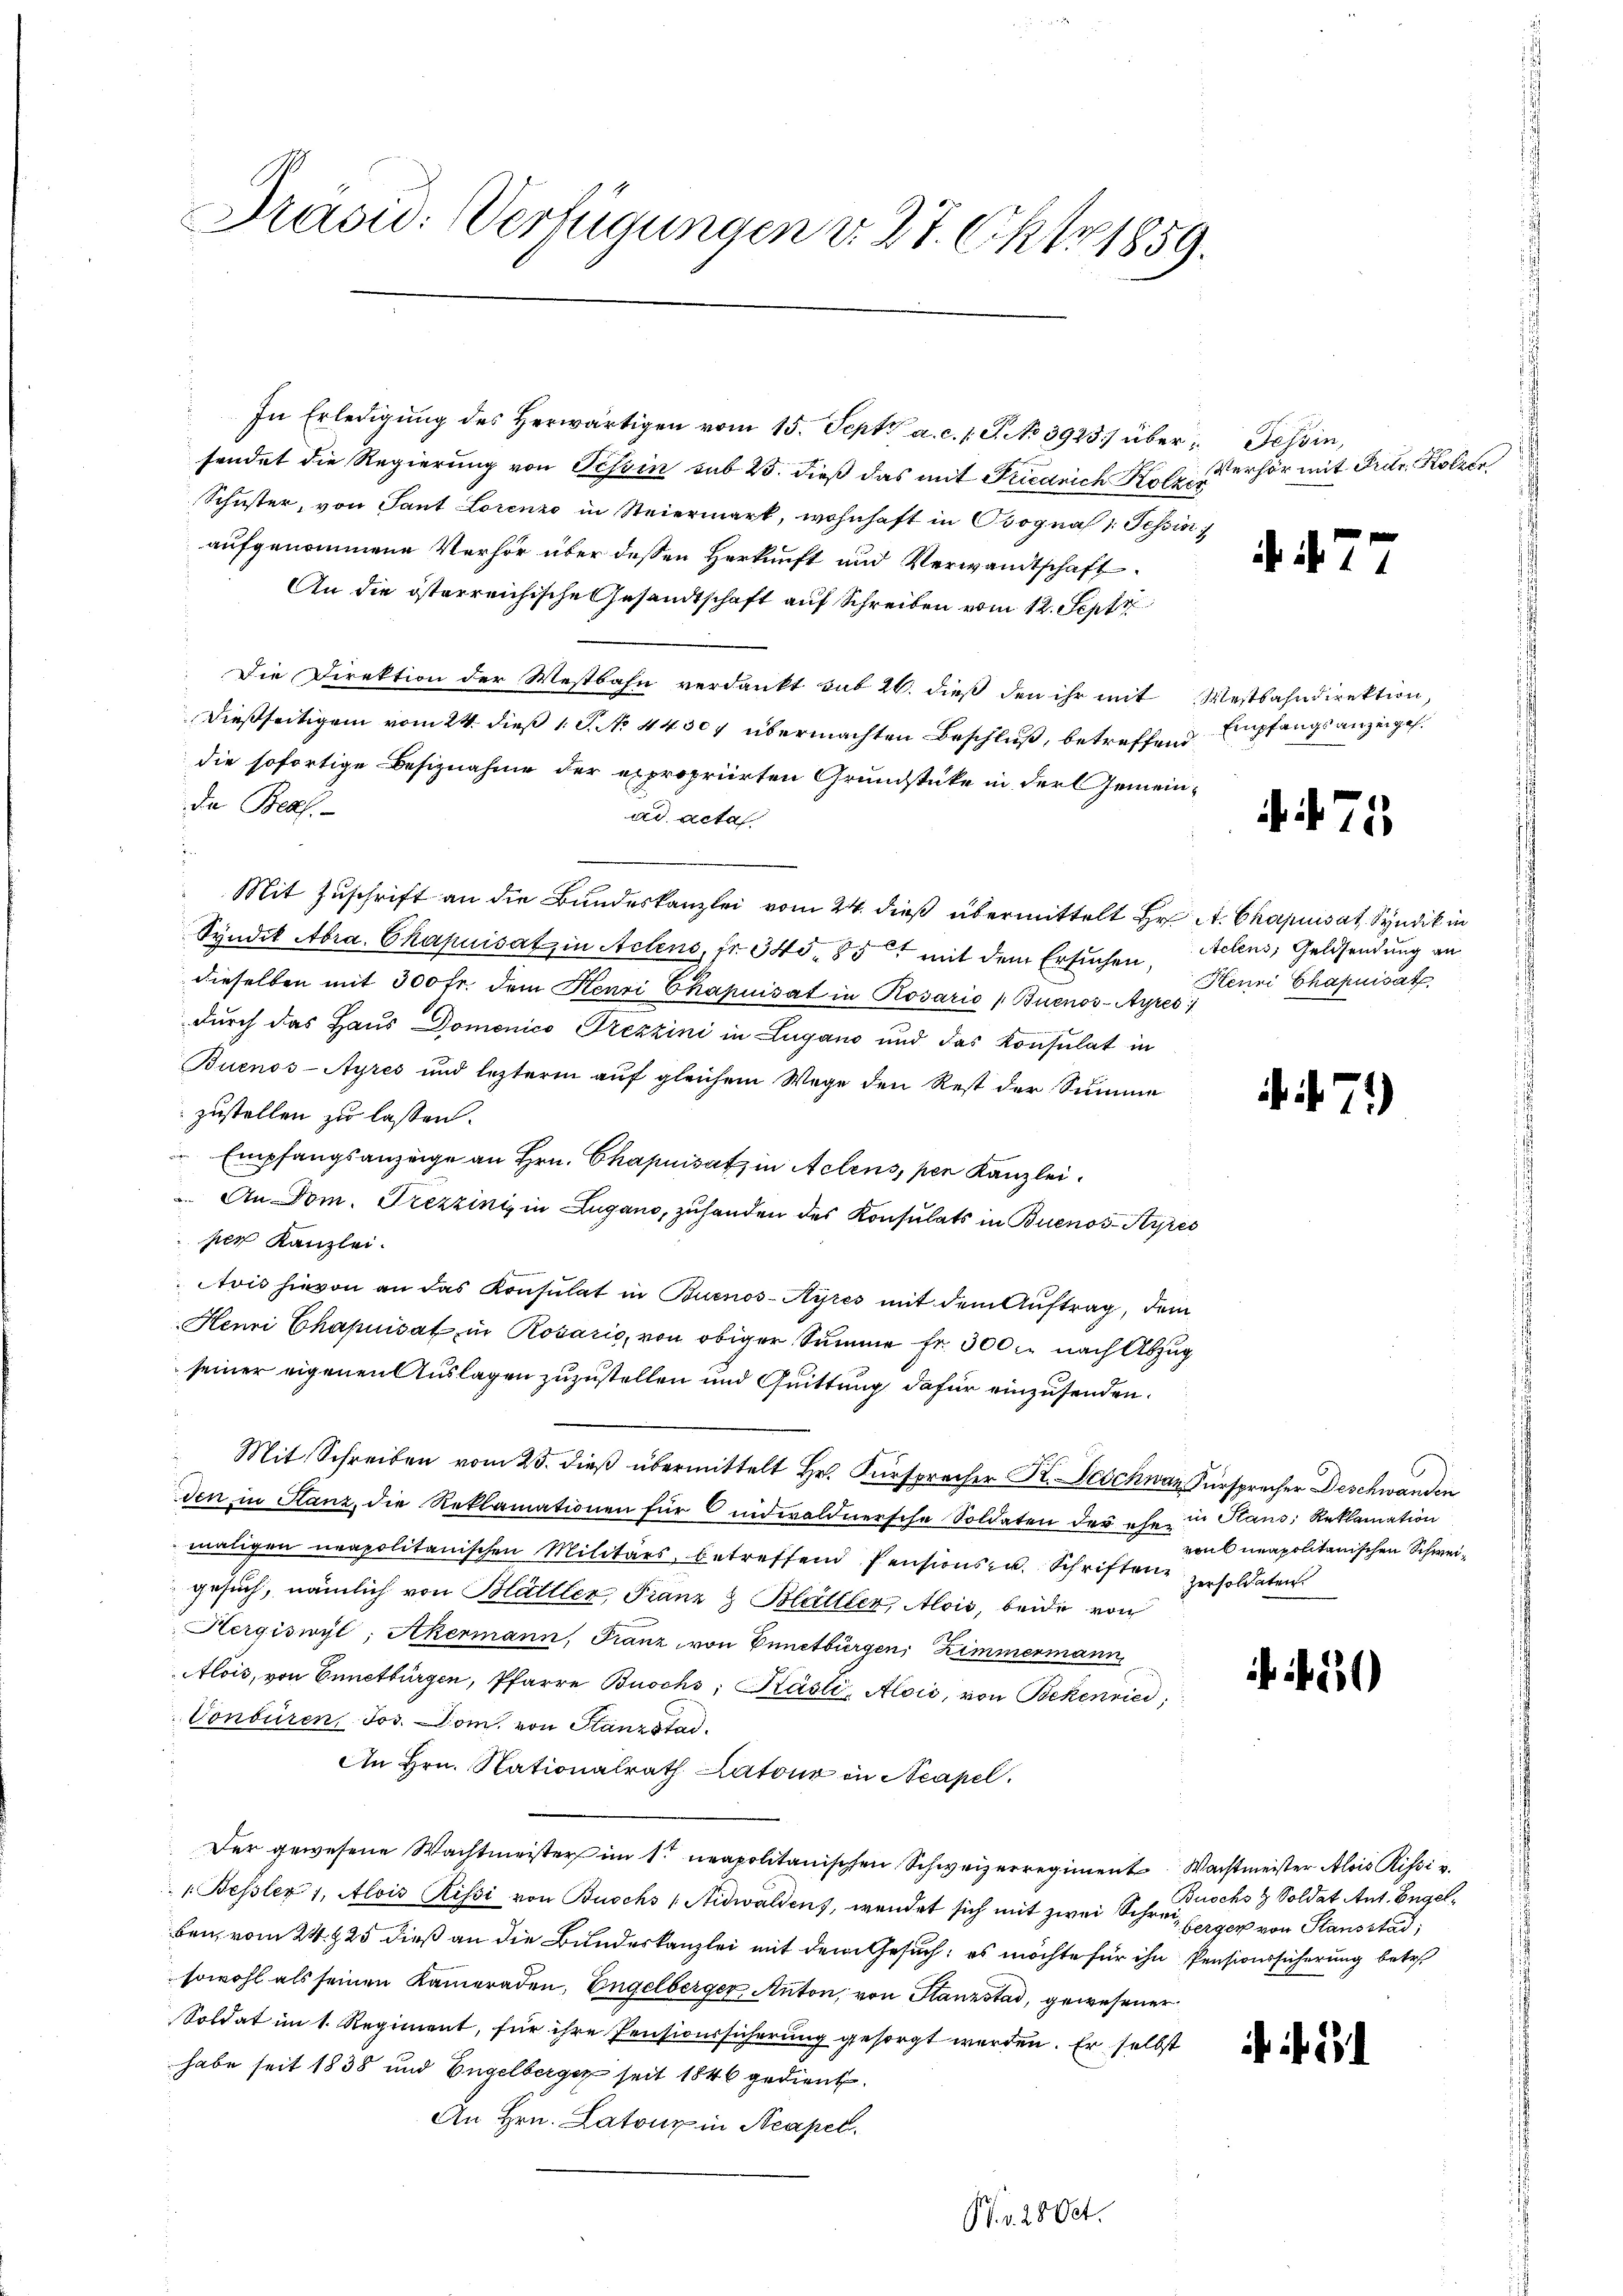
Präsid. Verfügungen d. 27. Okt 1859.

In Erledigung des herwärtigen vom 15. Sept. a. c. l. J. No 3923 übersendet die Regierung von Tessin sub 25. dieß das mit Friedrich Kolzer
Schuster, von Sant Lorenzo in Steiermark, wohnhaft in Osogna : Tessin
aufgenommene Verhör über deßen Herkunft und Verwandtschaft
An die österreichische Gesandtschaft auf Schreiben vom 12. Sept.
Die Direktion der Westbahn verdankt sub 20. dieß den ihr mit Mestbahndirektion,
dießseitigem vom 24. dieß 1 S. No. 44307 übermachten Beschluß, betreffend Empfangsanzeigel.
die sofortige Besiznahme der expropriirten Grundstücke in der Gemeinda Bras
ad acta
Mit Zuschrift an die Bundeskanzlei vom 24. dieß übermittelt Hr. A. Chapuis et Syndik in
Syndik Abra Chapuisatz in Actens, fr. 340. 857 mit dem Ersuchen, Actens, Geldsendung an
dieselben mit 300 fr. dem Henri Chapuisat in Rosario Buenos-Ayres
durch das Haus Domenico Trezzini in Lugano und das Konsulat in
Buenos-Ayres und lezterm auf gleichem Wege den Rest der Summe
zustellen zu lassen.
 Empfangsanzeige an Hrn. Chapuisatz in Actens, per Kanzlei.
An Dom. Trezzinis in Lugano, zuhanden des Konsulats in Buenos-Ayres
per Kanzlei.
Avis hievon an das Konsulat in Buenos-Ayres mit dem Auftrag, dem
Henri Chapnisat in Rosario, von obiger Summe fr. 300, nach Abzug
seiner eigenen Auslagen zuzustellen und Quittung dafür einzusenden.
Mit Schreiben vom 25. dieß übermittelt Hr. Fürsprecher K. Beschwaz, Fürsprecher Deschwänden
den in Stanz, die Reklamationen für  indwaldnersche Soldaten der ehe in Hans, Reklamation
maligen neapolitanischen Militärs betreffend Pensions- u. Schriften zesoldaten.
gesuch, nämlich von Blättler, Franz & Blättler, Alois, beide von
Hergiswyl, Akermann, Franz von Ennetbürgen, Zimmermann,
Alois, von Ennetbürgen, Pfarre Buschs, Käsli, Alois, von Bekenried
Vonbüren Jos. Dom. von Stanzstad
An Hrn. Nationalrath Latour in Neapel.
Der gewesene Wachtmeister im 1. neapolitanischen Schweizerregiment Wachtmeister Alois Rissi v.
1. Bessler 1. Alois Rissi von Buschs 1 Nidwaldens, wendet sich mit zwei Schreiberger von Stausstad
ben, vom 24. 25 dieß an die Bundeskanzlei mit dem Gesuch, es möchte für ihn Pensionssicherung betre
sowohl als seinen Kameraden, Engelberger Anton, von Stanzstad, gewesener
Soldat im 1. Regiment, für ihre Pensionssicherung gesorgt werden. Er selbst
habe seit 1838 und Engelberger seit 1846 gedient.
An Hrn. Latone in Neapel.
Pr. v. 28 Oct.

Tessin,
Verhör mit Fier, Kolle

475

Henri Chapnisat

71)

von 6 neapolitanischen Schwei¬

51)

Buschs & Soldat Ant. Engel.

if. 21